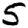
Digit: 5